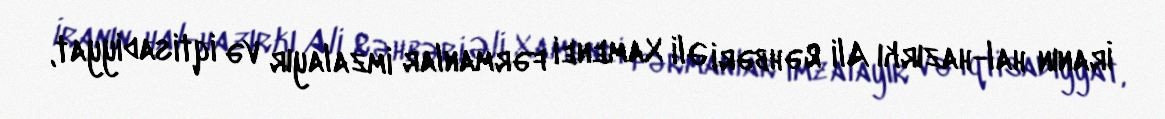
İranın hal-hazırkı Ali Rəhbəri Əli Xamenei fərmanlar imzalayır və iqtisadiyyat,